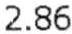
2.86